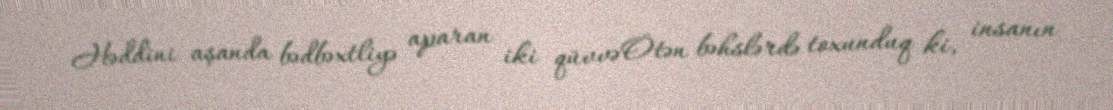
Həddini aşanda bədbəxtliyə aparan iki qüvvəÖtən bəhslərdə toxunduq ki, insanın